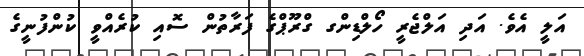
އަލީ އެވެ. އަދި އަލްޖެރީ ހޯލްޑިންގ ގްރޫޕްގެ ފަރާތުން ސޮއި ކުރެއްވީ ކުންފުނީގެ